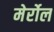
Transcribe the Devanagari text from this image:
मेर्रोल